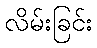
လိမ်းခြင်း